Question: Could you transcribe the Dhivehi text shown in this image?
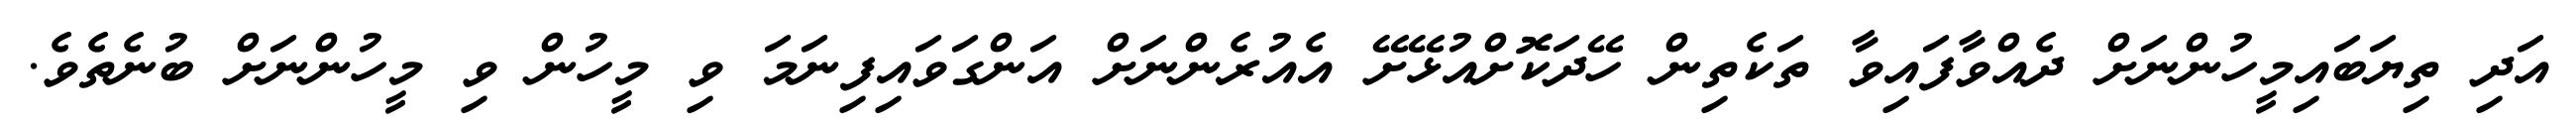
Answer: އަދި ތިޔަބައިމީހުންނަށް ދެއްވާފައިވާ ތަކެތިން ހޭދަކޮށްއުޅޭށޭ އެއުރެންނަށް އަންގަވައިފިނަމަ ވި މީހުން ވި މީހުންނަށް ބުނެތެވެ.